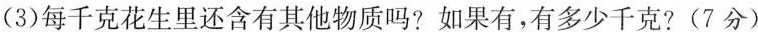
(3)每千克花生里还含有其他物质吗？如果有，有多少千克？(7分)